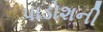
પાડોશની